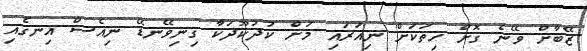
ޒޭބާށް ވޭނެ ގޮށް ހިތަކަށް ނިއަރައި މަށް ކުދުކޫދަކާ ގިނިވޭނޑޭ ނިއެސް އިނގެއި